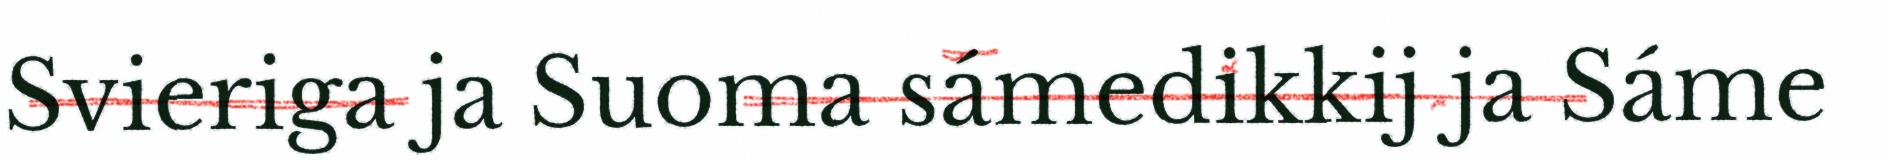
Svieriga ja Suoma sámedikkij ja Sáme